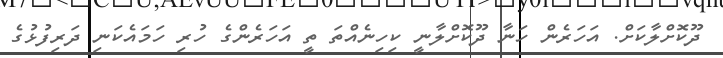
ދޫކޮށްލާކަށް. އަހަރެން ހަނާ ދޫކޮށްލާނީ ކިހިނެއްތަ ތީ އަހަރެންގެ ހުރި ހަމައެކަނި ދަރިފުޅުގެ